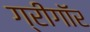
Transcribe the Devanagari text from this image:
ग्रीगॉर